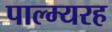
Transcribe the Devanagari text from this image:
पाल्म्यरह